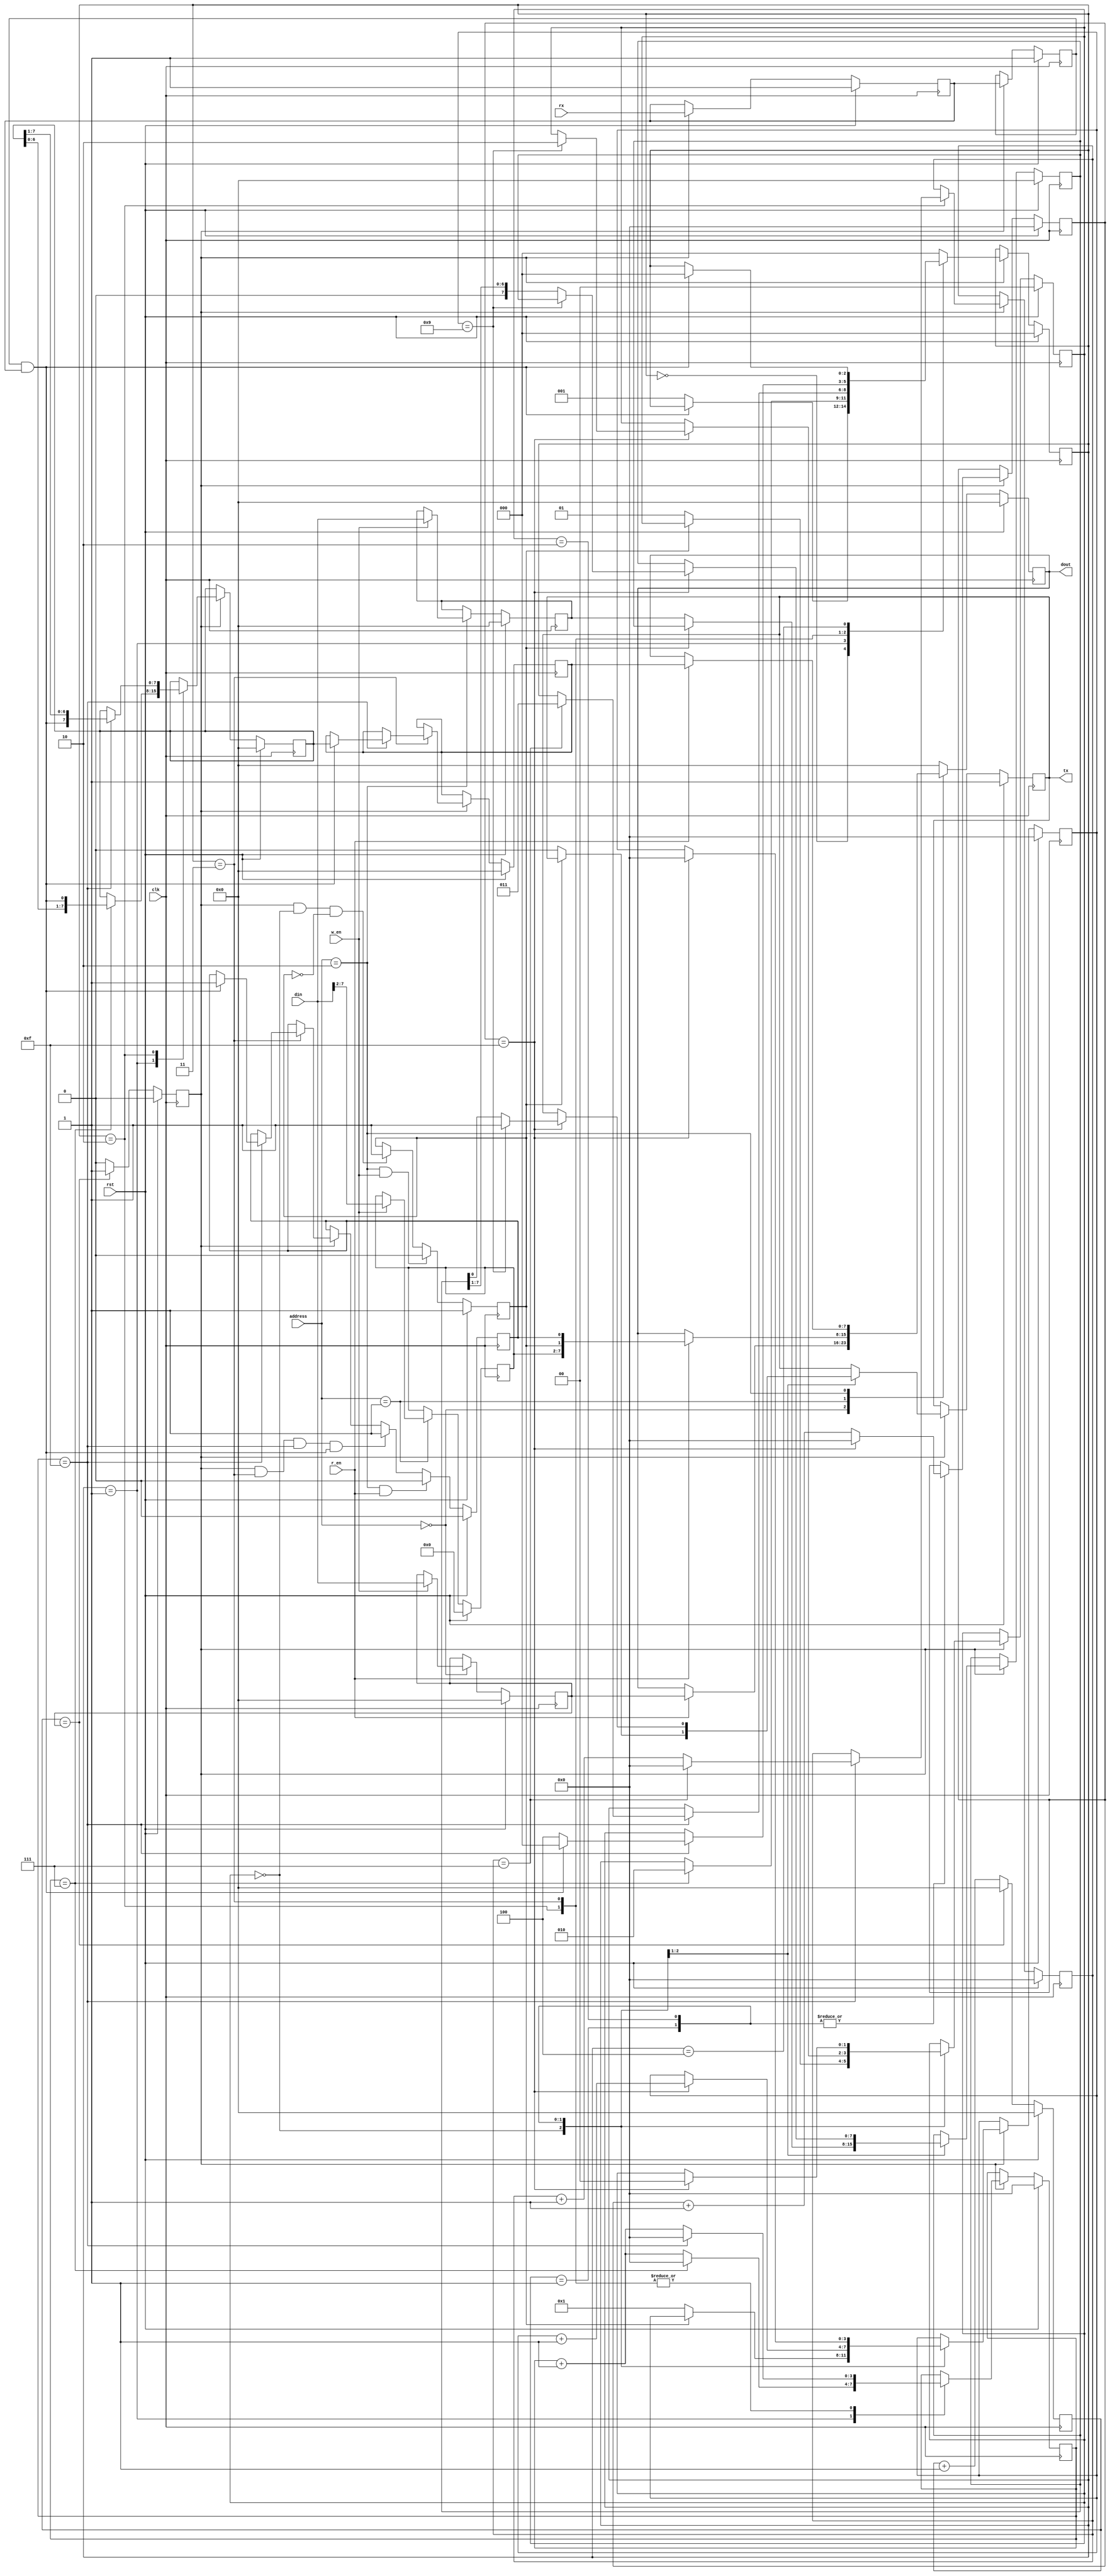
module uart(input wire clk,
            input wire rst,
            input wire [7:0] din,
            input wire [7:0] address,
            input wire w_en,
            input wire r_en,
            output reg [7:0] dout,
            input wire rx,
            output reg tx = 1
);
    //***********************************************************************************
    // Might want an enable bit to switch from normal i/o operation to
    // uart mode.
    //***********************************************************************************
    //
    //                                uart_control
    // *--------*--------*--------*--------*--------*--------*--------*--------*
    // |        |        |        |        |        |        | tx_emty| rx_full|
    // *--------*--------*--------*--------*--------*--------*--------*--------*
    //     7        6        5        4        3        2        1        0   
    //***********************************************************************************
    parameter UART_ADDRESS = 8'h00;
    localparam UART_BAUD_ADDRESS = UART_ADDRESS;
    localparam UART_CONTROL_ADDRESS = UART_ADDRESS + 1;
    localparam UART_BUFFER_ADDRESS = UART_ADDRESS + 2;

    reg [7:0] uart_control = 8'b00000010;
    reg [7:0] rx_buffer = 8'b0;
    reg [7:0] tx_buffer = 8'b0;
    always @(posedge clk) begin
        if(rst) begin
            baud <= 8'b0;
            dout <= 8'b0;
            uart_control[7:2] <= 6'b0;
            tx_buffer <= 8'b0;
        end
        else begin
            case(address)
            UART_BAUD_ADDRESS: begin
                if(w_en) begin
                    baud <= din;
                end
                if(r_en) begin
                    dout <= baud;
                end
            end
            UART_CONTROL_ADDRESS: begin
                if(w_en) begin
                    uart_control[7:2] <= din[7:2];
                end
                if(r_en) begin
                   dout <= uart_control; 
                end
            end
            UART_BUFFER_ADDRESS: begin
                if(w_en) begin
                    tx_buffer <= din;
                end
                if(r_en) begin
                    dout <= rx_buffer;
                end
            end
            default begin
                dout <= 0;
            end
            endcase
        end
    end
    //***********************************************************************************
    // Create sampling clock
    reg [7:0] baud = 8'd0;
    reg [7:0] prescaler = 8'b0;
    reg sample_enable = 1'b0;
    always @(posedge clk) begin
        if(rst) begin
            prescaler <= 8'b0;
            sample_enable <= 0;
        end
        else begin
            if(prescaler == baud) begin
                prescaler <= 0;
                sample_enable <= 1;
            end
            else begin
                prescaler <= prescaler + 1;
                sample_enable <= 0;
            end
        end
    end
    //***********************************************************************************
    // Synchronizers
    reg s0 = 1'b1;
    reg s1 = 1'b1;
    always @(posedge clk) begin
        if(rst) begin
            s0 <= 1'b1;
            s1 <= 1'b1;
        end
        else if(sample_enable) begin
            s0 <= rx;
            s1 <= s0;
        end
    end
    wire rx_clean = s1 && s0;
    //***********************************************************************************
    // Rx State Machine
    reg [2:0] rx_state = 3'b0;
    reg [7:0] rx_data = 8'b0;
    reg [3:0] rx_count = 4'b0;
    reg [3:0] rx_delay = 4'b0;

    always @(posedge clk) begin
        if(rst) begin
            rx_state <= 3'b0;
            rx_data <= 8'b0;
            rx_count <= 4'b0;
            rx_delay <= 4'b0;
            rx_buffer <= 8'b0;
            uart_control[0] <= 1'b0;
        end
        else begin
            if(sample_enable) begin
                case(rx_state)
                3'b000: begin                       // Look for start bit
                    if(rx_clean == 1'b0) begin
                        rx_state <= 3'b001;
                    end
                end
                3'b001: begin                       // Sample first data bit
                    if(rx_delay == 4'b0111) begin
                        rx_data <= {rx_data[6:0],rx_clean};
                        rx_delay <= 4'b0;
                        rx_state <= 3'b010;
                    end
                    else begin
                        rx_delay <= rx_delay + 1;
                    end
                end
                3'b010: begin                       // Sample the other data bits
                    if(rx_delay == 4'b1111) begin
                        rx_data <= {rx_clean,rx_data[7:1]};
                        rx_delay <= 4'b0;
                        rx_count <= rx_count + 1;
                        if(rx_count == 4'b0111) begin
                            rx_count <= 4'b0;
                            rx_state <= 3'b011;
                        end
                    end
                    else begin
                        rx_delay <= rx_delay + 1;
                    end
                end
                3'b011: begin                       // Sample stop bit
                    if(rx_delay == 4'b1111) begin
                        if(rx_clean == 1) begin
                            rx_delay <= 0;
                            rx_buffer <= rx_data;
                            uart_control[0] <= 1'b1;
                            rx_state <= 3'b000;
                        end
                        else begin
                            rx_delay <= 0;
                            rx_state <= 3'b100;
                        end
                    end
                    else begin
                        rx_delay <= rx_delay + 1;
                    end
                end
                3'b100: begin                       // Frame error, wait till rx_clean is high,
                    if(rx_clean) begin              // then go to rx_state 0
                        rx_state <= 3'b000;
                    end
                end
                default begin
                    rx_state <= 3'b000;
                end
                endcase
            end
            if(address == UART_BUFFER_ADDRESS && r_en) begin
                uart_control[0] <= 0;
            end
            else if(sample_enable && rx_state == 3'b011 && rx_delay == 4'b1111 && rx_clean == 1) begin
                uart_control[0] <= 1;
            end
        end
    end 
    //***********************************************************************************
    // Tx State Machine
    reg [1:0] tx_state = 2'b0;
    reg [7:0] tx_data = 8'b0;
    reg [3:0] tx_count = 4'b0;
    reg [3:0] tx_delay = 4'b0;

    always @(posedge clk) begin
        if(rst) begin
            tx <= 1;
            tx_state <= 2'b0;
            tx_data <= 8'b0;
            tx_count <= 4'b0;
            tx_delay <= 4'b0;
            uart_control[1] <= 1'b1;
        end
        else begin
            if(sample_enable) begin
                case(tx_state)
                2'b00: begin                        // Wait for tx buffer to be full (not empty) before starting
                    if(uart_control[1] == 0) begin
                        tx_data <= tx_buffer;
                        tx_state <= 2'b01;
                        tx_count <= 4'b1;
                        tx <= 0;                    // Start bit
                    end
                end
                2'b01: begin
                    if(tx_delay == 4'b1111) begin   // Finish start bit, send data bits, begin stop bit
                        tx_delay <= 0;
                        tx_count <= tx_count + 1;
                        if(tx_count == 4'b1001) begin
                            tx <= 1;                // Stop bit
                            tx_state <= 2'b10;
                        end
                        else begin
                            tx <= tx_data[0];       // Data bit
                            tx_data <= {1'b0,tx_data[7:1]};
                        end
          
                    end
                    else begin
                        tx_delay <= tx_delay + 1;
                    end
                end
                2'b10: begin                        // Finish stop bit
                    if(tx_delay == 4'b1111) begin
                        tx_delay <= 0;
                        tx_count <= 0;
                        tx_state <= 2'b00;
                    end
                    else begin
                        tx_delay <= tx_delay + 1;
                    end
                end
                endcase
            end
            if(address == UART_BUFFER_ADDRESS && w_en) begin
                uart_control[1] <= 0;
            end
            else if(sample_enable && tx_state == 2'b0 && uart_control[1] == 0) begin
                uart_control[1] <= 1;
            end
        end
    end
    //***********************************************************************************
endmodule